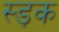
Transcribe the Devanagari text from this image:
स्ड़क